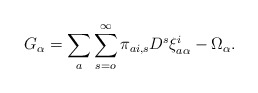
\begin{align*}G_{\alpha}=\sum _{a}\sum _{s=o}^{\infty}\pi _{ai,s}D^{s}\xi ^{i}_{a\alpha}-\Omega _{\alpha} .\end{align*}